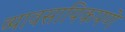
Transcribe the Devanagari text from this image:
व्यावसायिकपणे